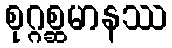
စုဂ္ဂစ္ဆမာနဿ